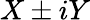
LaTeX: X\pm iY